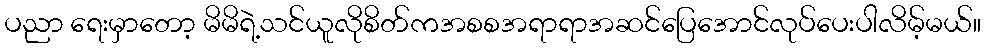
ပညာ ရေးမှာတော့ မိမိရဲ့သင်ယူလိုစိတ်ကအစစအရာရာအဆင်ပြေအောင်လုပ်ပေးပါလိမ့်မယ်။